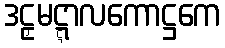
ဒဠှမဋ္ဋာလကောဋ္ဌကေ